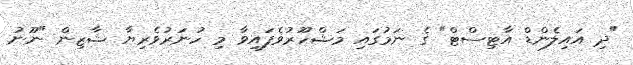
"ދި އައިލެންޑް އާޓިސްޓް" ގެ ނަމުގައި މަޝްހޫރުވެފައިވާ މި ހުނަރުވެރިޔާ ޝާޒިން "ނޫނު